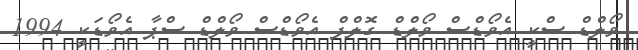
ވޯލްޑް ސްކީ އެވޯޑްސް ވޯލްޑް ގޮލްފް އެވޯޑްސް ވޯލްޑް ސްޕާ އެވޯޑަކީ 1994